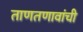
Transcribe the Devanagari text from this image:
ताणतणावांची